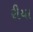
રીયા